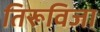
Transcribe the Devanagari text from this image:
तिरूविजा